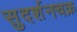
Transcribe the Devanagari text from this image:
सुदर्शनचक्र